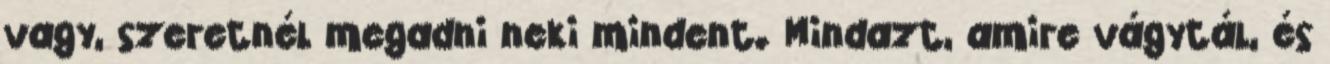
vagy, szeretnél megadni neki mindent. Mindazt, amire vágytál, és